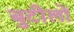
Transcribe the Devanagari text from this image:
बुटीलों